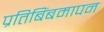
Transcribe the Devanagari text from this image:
प्रतिबिंबमापन